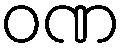
ဝဏ